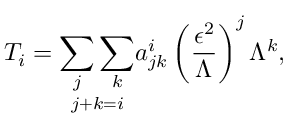
T _ { i } = \underset { j + k = i } { \sum _ { j } \sum _ { k } } a _ { j k } ^ { i } \left( \frac { \epsilon ^ { 2 } } { \Lambda } \right) ^ { j } \Lambda ^ { k } ,